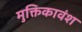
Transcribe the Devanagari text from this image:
मुक्तिकावंश